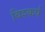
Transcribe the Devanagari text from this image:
विश्कर्ष